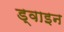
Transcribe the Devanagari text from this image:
ड्वाइन